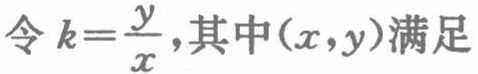
令 \(k = \frac{y}{x}\)，其中 \((x,y)\) 满足